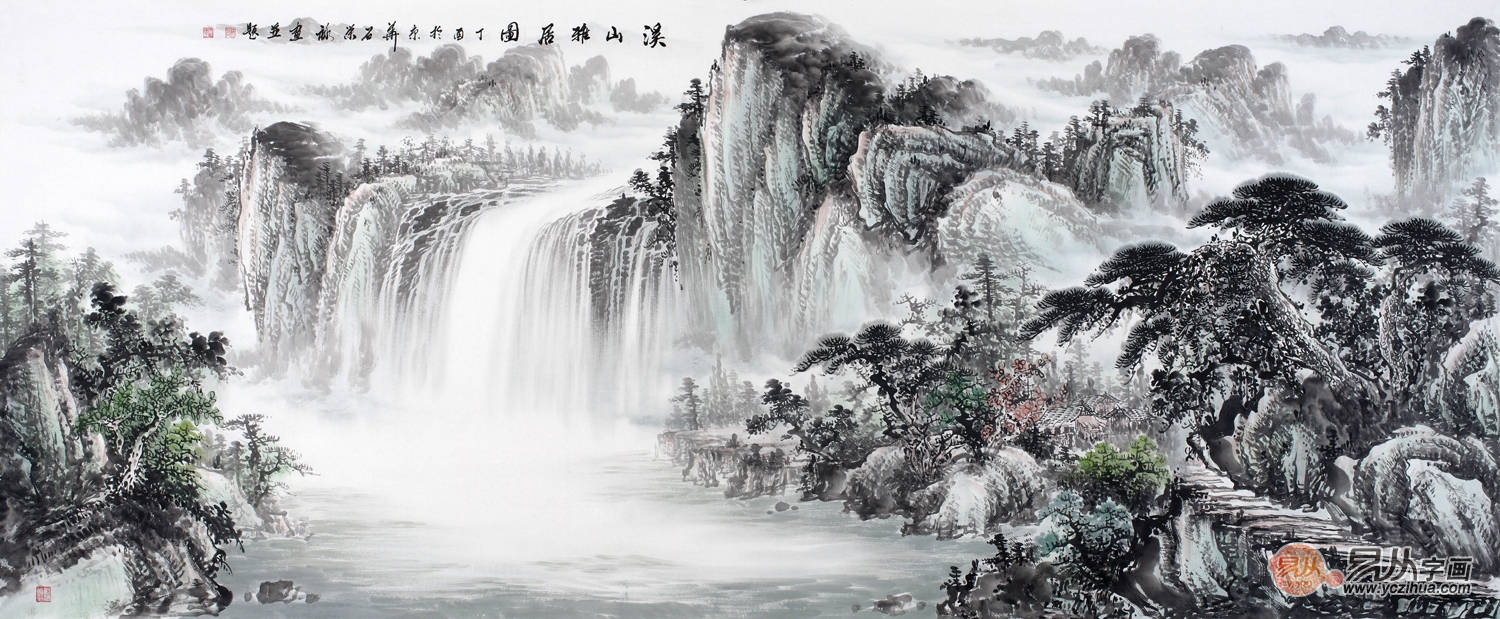
催促年光，旧来流水知何处。